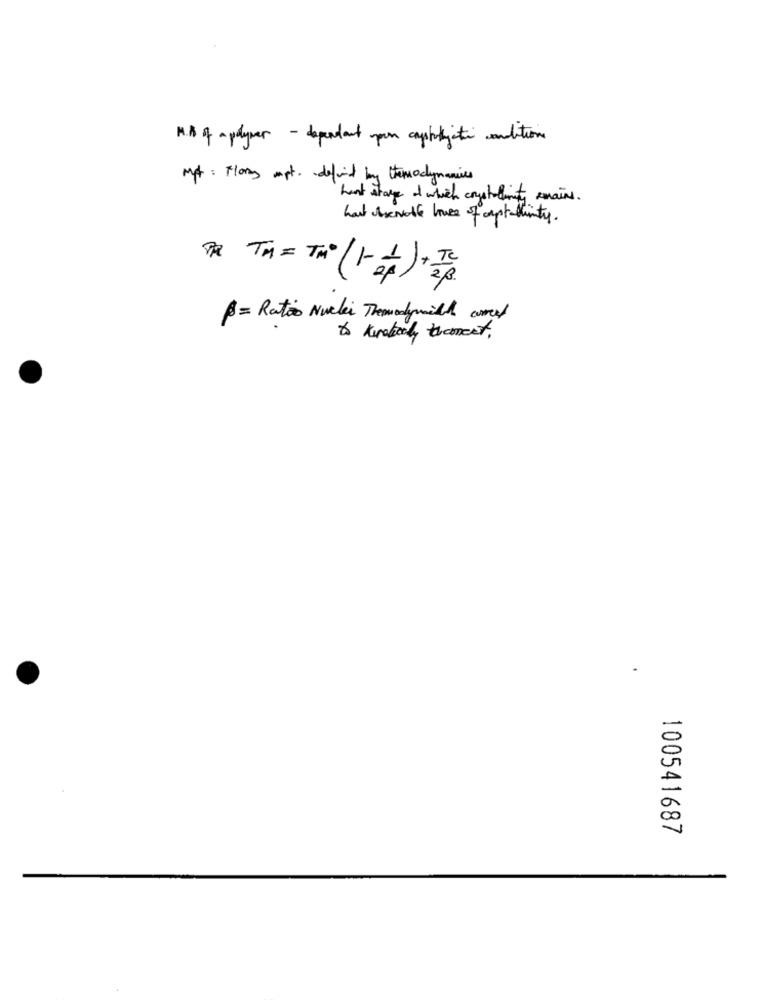
H. S of -polymer - dependant your capstobite conditions
Mp : Flory apt. defind by thermodynamics
hunt stage of which crystalinity emains.
hast chevale house of captallinity.
TTH = THE (1+ + ) + TC
P= Ratos Nuclei Themodymilch current
100541687